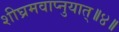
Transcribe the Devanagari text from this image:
शीघ्रमवाप्नुयात्॥४॥